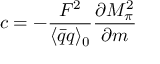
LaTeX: c = - \frac { F ^ { 2 } } { \langle \bar { q } q \rangle _ { 0 } } \frac { \partial M _ { \pi } ^ { 2 } } { \partial m }